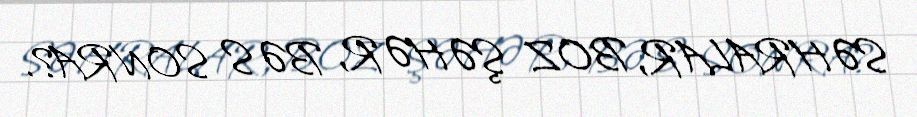
SƏHRALAR, BOZ ŞƏHƏR, BƏS SONRA?.